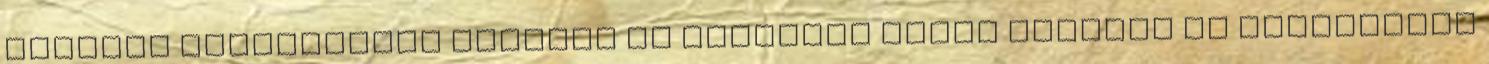
felelős államtitkár szerint az egymásra épülő szakmai és támogatási